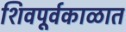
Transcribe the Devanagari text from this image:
शिवपूर्वकाळात